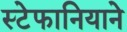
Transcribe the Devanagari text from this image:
स्टेफानियाने